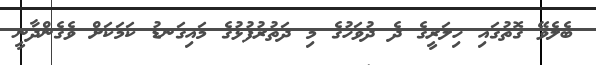
ބެލެވޭ ގޮތުގައި ހިލަރީގެ ދެ ދުވަހުގެ މި ދަތުރުފުޅުގެ މައިގަނޑު ކަމަކަށް ވެގެންދާނީ